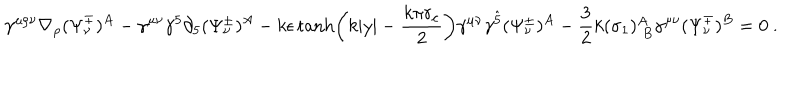
\gamma ^ { \mu \rho \nu } \nabla _ { \rho } ( \Psi _ { \nu } ^ { \mp } ) ^ { A } - \gamma ^ { \mu \nu } \gamma ^ { 5 } \partial _ { 5 } ( \Psi _ { \nu } ^ { \pm } ) ^ { A } - k \epsilon \tanh \left( k | y | - \frac { k \pi r _ { c } } { 2 } \right) \gamma ^ { \mu \nu } \gamma ^ { \hat { 5 } } ( \Psi _ { \nu } ^ { \pm } ) ^ { A } - \frac { 3 } { 2 } k ( \sigma _ { 1 } ) _ { \; B } ^ { A } \gamma ^ { \mu \nu } ( \Psi _ { \nu } ^ { \mp } ) ^ { B } = 0 \ .